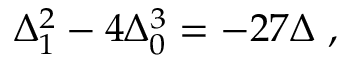
\Delta _ { 1 } ^ { 2 } - 4 \Delta _ { 0 } ^ { 3 } = - 2 7 \Delta \ ,